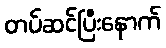
တပ်ဆင်ပြီးနောက်